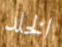
الخلد